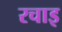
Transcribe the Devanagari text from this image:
रचाइ